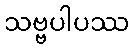
သဗ္ဗပါပဿ